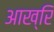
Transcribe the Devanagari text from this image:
आख्रि